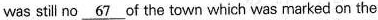
was still no \underline{67} of the town which was marked on the